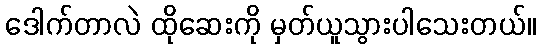
ဒေါက်တာလဲ ထိုဆေးကို မှတ်ယူသွားပါသေးတယ်။